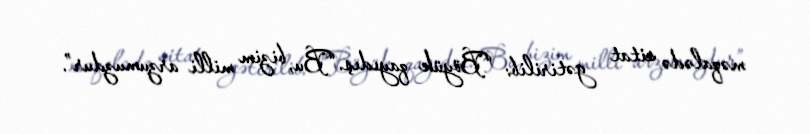
məqalədə sitat gətirilib: “Böyük qayıdış.“Bu, bizim milli arzumuzdur”.